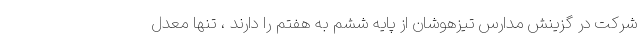
شرکت در گزینش مدارس تیزهوشان از پایه ششم به هفتم را دارند ، تنها معدل